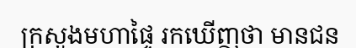
ក្រសួងមហាផ្ទៃ រកឃើញថា មានជន